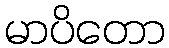
မာပိတော